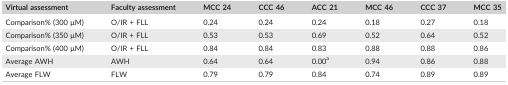
| Virtual assessment | Faculty assessment | MCC 24 | CCC 46 | ACC 21 | MCC 46 | CCC 37 | MCC 35 |
 | --- | --- | --- | --- | --- | --- | --- | --- |
 | Comparison% (300 μM) | O/IR + FLL | 0.24 | 0.24 | 0.24 | 0.18 | 0.27 | 0.18 |
 | Comparison% (350 μM) | O/IR + FLL | 0.53 | 0.53 | 0.69 | 0.52 | 0.64 | 0.52 |
 | Comparison% (400 μM) | O/IR + FLL | 0.84 | 0.84 | 0.83 | 0.88 | 0.88 | 0.86 |
 | Average AWH | AWH | 0.64 | 0.64 | 0.00a | 0.94 | 0.86 | 0.88 |
 | Average FLW | FLW | 0.79 | 0.79 | 0.84 | 0.74 | 0.89 | 0.89 |